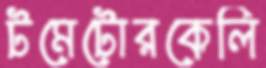
টমেটোরকেলি